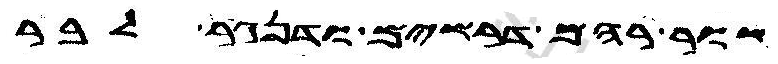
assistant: שור רהם דרשים ודנגר לבר